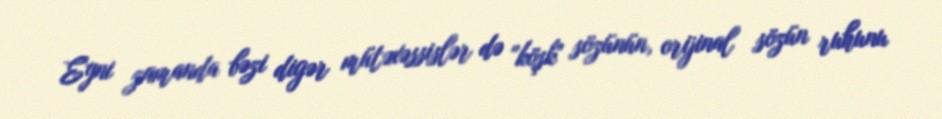
Eyni zamanda bəzi digər mütəxəssislər də "köşk" sözünün, orijinal sözün ruhunu